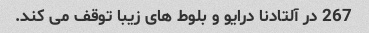
267 در آلتادنا درایو و بلوط های زیبا توقف می کند.